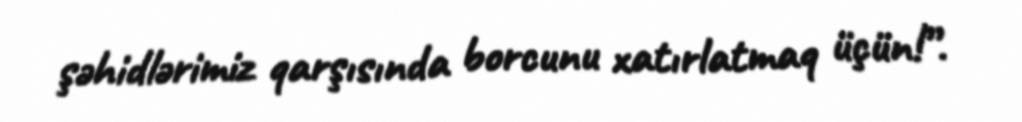
şəhidlərimiz qarşısında borcunu xatırlatmaq üçün!”.